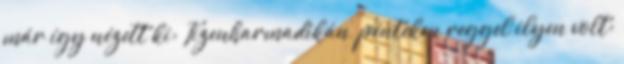
már így nézett ki: Tizenharmadikán, pénteken reggel ilyen volt: